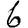
Digit: 6